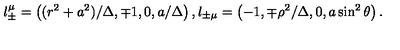
l _ { \pm } ^ { \mu } = \left( ( r ^ { 2 } + a ^ { 2 } ) / \Delta , \mp 1 , 0 , a / \Delta \right) , l _ { \pm \mu } = \left( - 1 , \mp \rho ^ { 2 } / \Delta , 0 , a \sin ^ { 2 } \theta \right) .